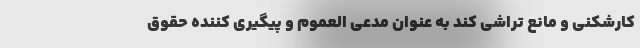
کارشکنی و مانع تراشی کند به عنوان مدعی العموم و پیگیری کننده حقوق